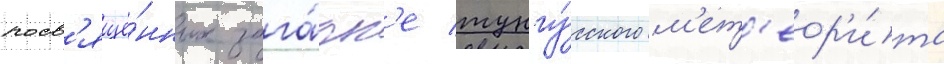
посв'ящё́нных зага́дк'е тунгу́сского м'ет'еор'и́та